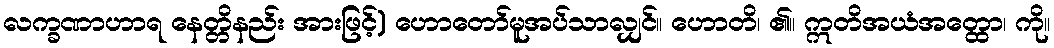
လက္ခဏာဟာရ နေတ္တိနည်း အားဖြင့်) ဟောတော်မူအပ်သာလျှင်။ ဟောတိ၊ ၏။ ဣတိအယံအတ္ထော၊ ကို။